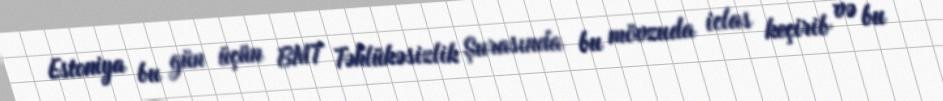
Estoniya bu gün üçün BMT Təhlükəsizlik Şurasında bu mövzuda iclas keçirib və bu